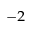
^ { - 2 }